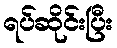
ရပ်ဆိုင်းပြီး